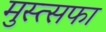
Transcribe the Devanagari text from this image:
मुस्त्सफा